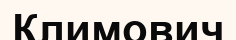
Климович